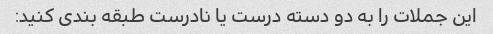
این جملات را به دو دسته درست یا نادرست طبقه بندی کنید: